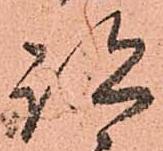
跡